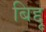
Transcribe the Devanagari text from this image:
बिद्दू